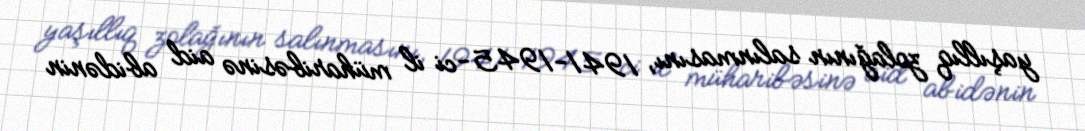
yaşıllıq zolağının salınmasını, 1941-1945-ci il müharibəsinə aid abidənin